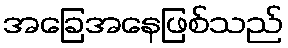
အခြေအနေဖြစ်သည်